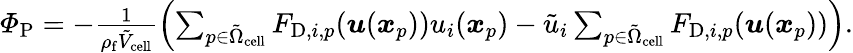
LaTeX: \begin{array}{r}{\varPhi_{\mathrm{P}}=-\frac{1}{\rho_{\mathrm{f}}\tilde{V}_{\mathrm{cell}}}\left(\sum_{p\in\tilde{\Omega}_{\mathrm{cell}}}F_{\mathrm{D},i,p}(\boldsymbol{u}(\boldsymbol{x}_{p}))u_{i}(\boldsymbol{x}_{p})-\tilde{u}_{i}\sum_{p\in\tilde{\Omega}_{\mathrm{cell}}}F_{\mathrm{D},i,p}(\boldsymbol{u}(\boldsymbol{x}_{p}))\right).}\end{array}